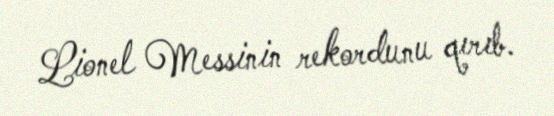
Lionel Messinin rekordunu qırıb.